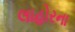
લાહોરના